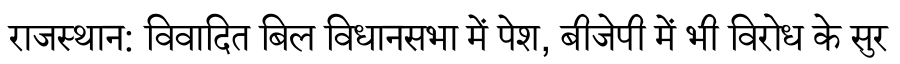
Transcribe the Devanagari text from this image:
राजस्थान: विवादित बिल विधानसभा में पेश, बीजेपी में भी विरोध के सुर